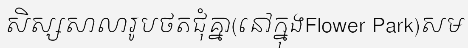
សិស្សសាលារូបថតជុំគ្នា(នៅក្នុងFlower Park)សម